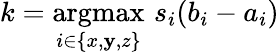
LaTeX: k=\underset{i\in\{ x,\mathbf{y},z\} }{\mathrm{{argmax}}}\, \, s_{i}(b_{i}-a_{i})